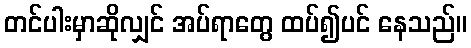
တင်ပါးမှာဆိုလျှင် အပ်ရာတွေ ထပ်၍ပင် နေသည်။